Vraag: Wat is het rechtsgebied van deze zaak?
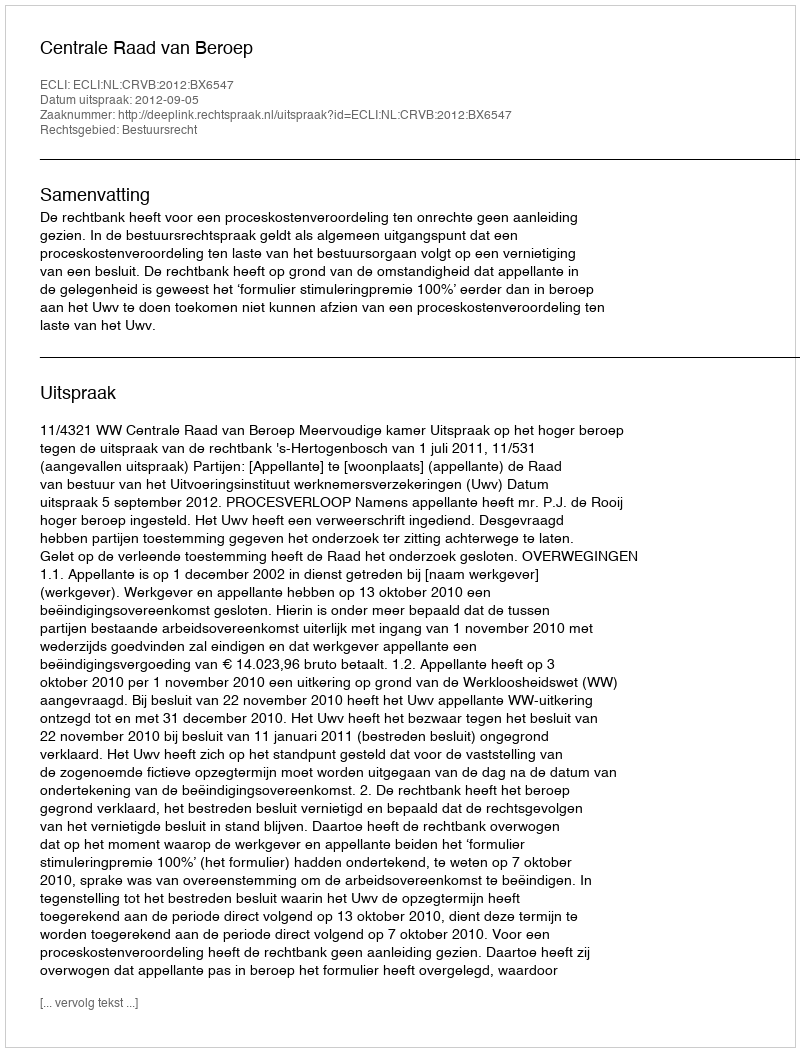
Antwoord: Bestuursrecht